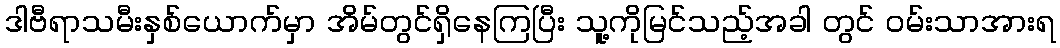
ဒါဗီရာသမီးနှစ်ယောက်မှာ အိမ်တွင်ရှိနေကြပြီး သူ့ကိုမြင်သည့်အခါ တွင် ဝမ်းသာအားရ